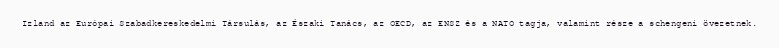
Izland az Európai Szabadkereskedelmi Társulás, az Északi Tanács, az OECD, az ENSZ és a NATO tagja, valamint része a schengeni övezetnek.